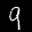
Label: 9